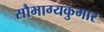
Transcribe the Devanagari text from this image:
सौभाग्यकुमार